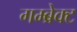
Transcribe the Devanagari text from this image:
गम्ब्रेक्ट